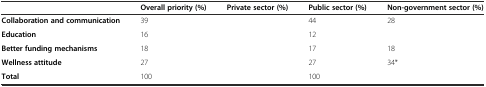
<table><thead><tr><td>[EMPTY_CELL]</td><td><b>Overall priority (%)</b></td><td><b>Private sector (%)</b></td><td><b>Public sector (%)</b></td><td><b>Non-government sector (%)</b></td></tr></thead><tbody><tr><td><b>Collaboration and communication</b></td><td>39</td><td>[EMPTY_CELL]</td><td>44</td><td>28</td></tr><tr><td><b>Education</b></td><td>16</td><td>[EMPTY_CELL]</td><td>12</td><td>[EMPTY_CELL]</td></tr><tr><td><b>Better funding mechanisms</b></td><td>18</td><td>[EMPTY_CELL]</td><td>17</td><td>18</td></tr><tr><td><b>Wellness attitude</b></td><td>27</td><td>[EMPTY_CELL]</td><td>27</td><td>34*</td></tr><tr><td><b>Total</b></td><td>100</td><td>[EMPTY_CELL]</td><td>100</td><td>[EMPTY_CELL]</td></tr></tbody></table>